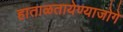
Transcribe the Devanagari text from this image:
हाताळतायेण्याजोगे